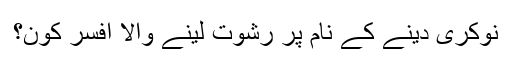
نوکری دینے کے نام پر رشوت لینے والا افسر کون؟